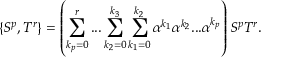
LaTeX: \{ S ^ { p } , T ^ { r } \} = \left( \sum _ { k _ { p } = 0 } ^ { r } . . . \sum _ { k _ { 2 } = 0 } ^ { k _ { 3 } } \sum _ { k _ { 1 } = 0 } ^ { k _ { 2 } } \alpha ^ { k _ { 1 } } \alpha ^ { k _ { 2 } } . . . \alpha ^ { k _ { p } } \right) S ^ { p } T ^ { r } .